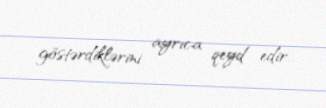
göstərdiklərini ayrıca qeyd edir.